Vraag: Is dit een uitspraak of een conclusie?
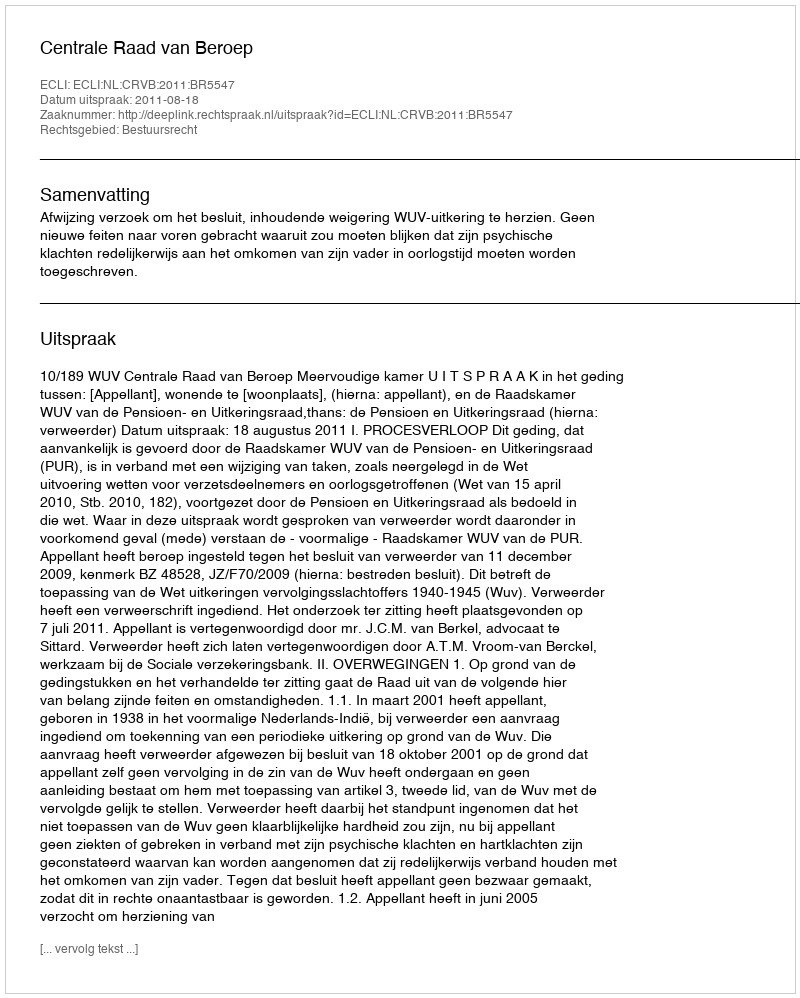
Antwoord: Uitspraak